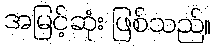
အမြင့်ဆုံး ဖြစ်သည်။